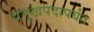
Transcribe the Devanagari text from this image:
प्रमुखपदापर्यंत